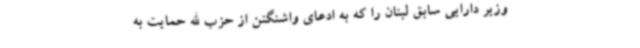
وزیر دارایی سابق لبنان را که به ادعای واشنگتن از حزب الله حمایت به